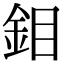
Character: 鉬